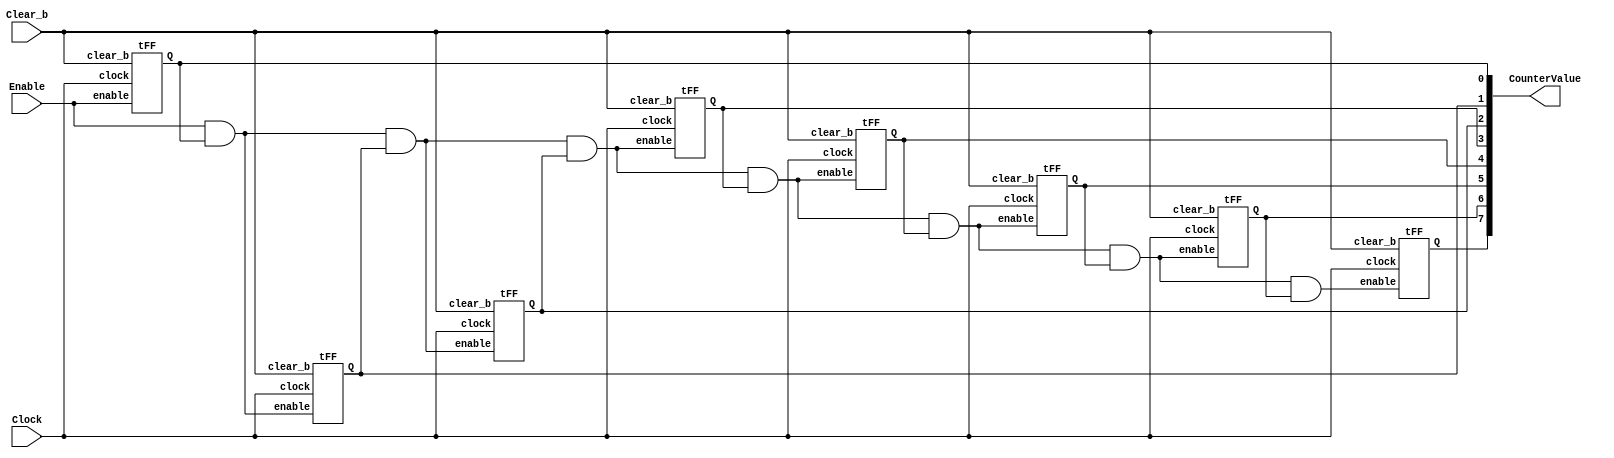
module part1(Clock, Enable, Clear_b, CounterValue);
    input Clock, Enable, Clear_b;
    output [7:0] CounterValue;

    wire Q1, Q2, Q3, Q4, Q5, Q6, Q7, Q8; //output values from the 8 T flip flops
    wire E1, E2, E3, E4, E5, E6, E7; // outputs from ANDing Q and Enable (becomes the new enable)
    assign E1 = Enable & Q1; // assigning the wires entering at T
    assign E2 = E1 & Q2;
    assign E3 = E2 & Q3;
    assign E4 = E3 & Q4;
    assign E5 = E4 & Q5;
    assign E6 = E5 & Q6;
    assign E7 = E6 & Q7;

    tFF u1(.enable(Enable), .clock(Clock), .Q(Q1), .clear_b(Clear_b));
    tFF u2(.enable(E1), .clock(Clock), .Q(Q2), .clear_b(Clear_b)); // the enable for the next = E of the previous
    tFF u3(.enable(E2), .clock(Clock), .Q(Q3), .clear_b(Clear_b));
    tFF u4(.enable(E3), .clock(Clock), .Q(Q4), .clear_b(Clear_b));
    tFF u5(.enable(E4), .clock(Clock), .Q(Q5), .clear_b(Clear_b));
    tFF u6(.enable(E5), .clock(Clock), .Q(Q6), .clear_b(Clear_b));
    tFF u7(.enable(E6), .clock(Clock), .Q(Q7), .clear_b(Clear_b));
    tFF u8(.enable(E7), .clock(Clock), .Q(Q8), .clear_b(Clear_b)); // last Q value = CounterValue

    assign CounterValue = {Q8, Q7, Q6, Q5, Q4, Q3, Q2, Q1};

endmodule

module tFF(enable, clock, Q, clear_b);
    input enable, clock, clear_b;
    output reg Q;
    always@(posedge clock, negedge clear_b)
    begin
        if(clear_b == 1'b0) //active-low
            Q <= 1'b0; // reset it back to 0
        else if (enable == 1'b1)
            Q <= ~Q; // value only changes when enable/T is at 1;
        else
            Q <= Q; // when clear = 1 and enable = 0 (all the T's = 0), nothing changes
    end
endmodule